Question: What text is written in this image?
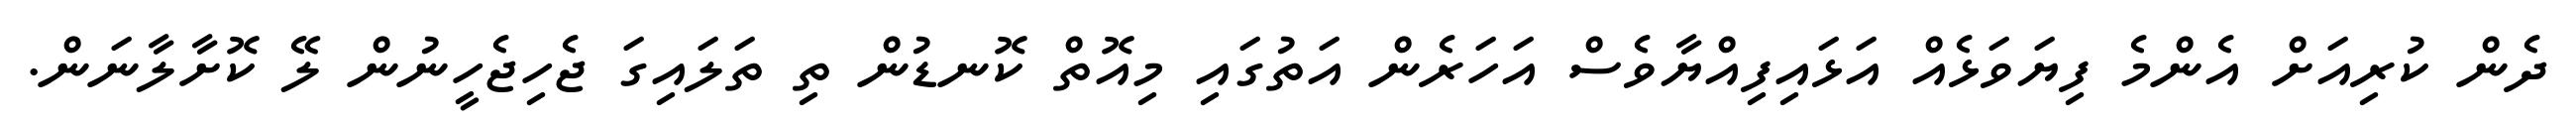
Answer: ދެން ކުރިއަށް އެންމެ ފިޔަވަޅެއް އަޅައިފިއްޔާވެސް އަހަރެން އަތުގައި މިއޮތް ކޮނޑުން ތި ތަލައިގަ ޖެހިޖެހީނުން ލޭ ކޮށާލާނަން.